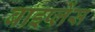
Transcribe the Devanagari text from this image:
बाइप्‍लेंस